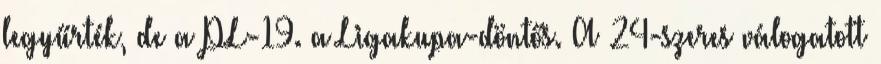
legyűrték, de a PL-19. a Ligakupa-döntős. A 24-szeres válogatott